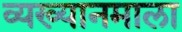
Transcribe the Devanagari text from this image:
व्यख्यानमाला